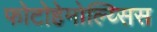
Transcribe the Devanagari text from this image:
फोटोहेमोल्य्सिस